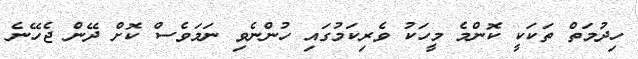
ހިދުމަތް ތަކަކީ ކޮންމެ މީހަކު ވެރިކަމުގައި ހުންނެވި ނަމަވެސް ކޮށް ދޭން ޖެހޭނެ